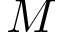
M